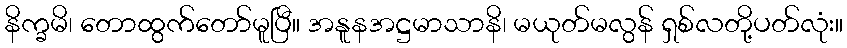
နိက္ခမိ၊ တောထွက်တော်မူပြီ။ အနူနအဋ္ဌမာသာနိ၊ မယုတ်မလွန် ရှစ်လတို့ပတ်လုံး။